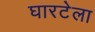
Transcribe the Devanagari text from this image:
घारटेला